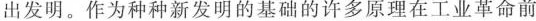
出发明。作为种种新发明的基础的许多原理在工业革命前